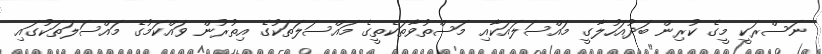
ނަސްރަކީ މީގެ ކުރިން ބަދުއަހުލާގީ މައްސަލައަކާއި މަސްތުވާތަކެތީގެ މައްސަލަތަކުގެ އިތުރުން ވައްކަމުގެ މައްސަލަތަކުގައި